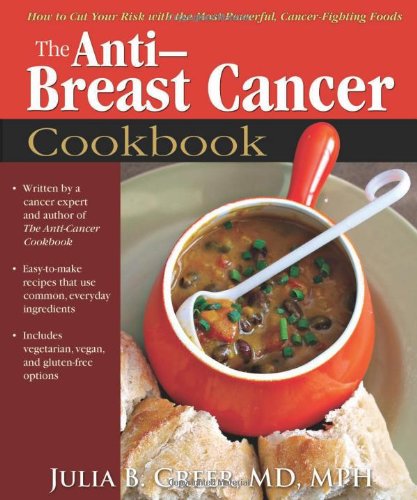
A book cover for Anti-Breast Cancer Cookbook: How to Cut Your Risk with the Most Powerful, Cancer-Fighting Foods; Julia Greer Dr.; Cookbooks, Food & Wine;